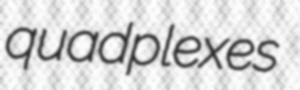
quadplexes